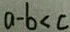
a - b < c